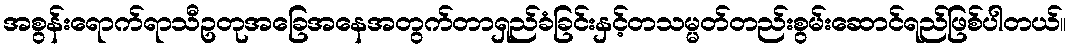
အစွန်းရောက်ရာသီဥတုအခြေအနေအတွက်တာရှည်ခံခြင်းနှင့်တသမ္မတ်တည်းစွမ်းဆောင်ရည်ဖြစ်ပါတယ်။